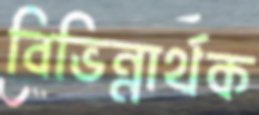
বিভিন্নার্থক